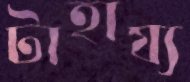
টাহায্য